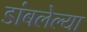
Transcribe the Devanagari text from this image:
डांबलेल्या